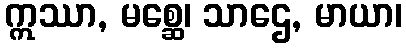
ဣဿာ, မစ္ဆေ၊ သာဌေ, မာယာ၊